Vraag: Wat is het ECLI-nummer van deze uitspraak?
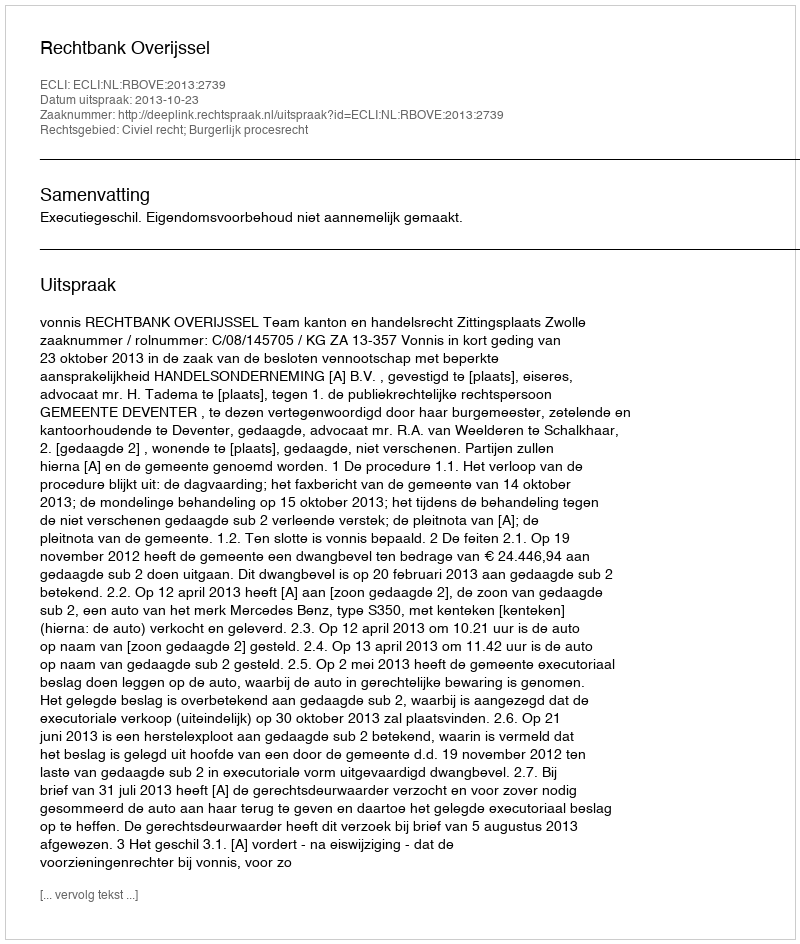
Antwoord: ECLI:NL:RBOVE:2013:2739